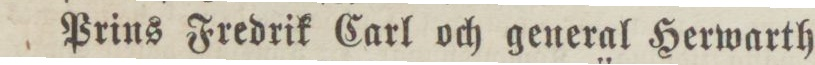
Prins Fredrik Carl och general Herwarth